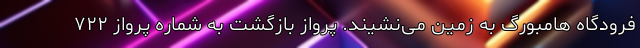
فرودگاه هامبورگ به زمین می‌نشیند. پرواز بازگشت به شماره پرواز ۷۲۲